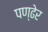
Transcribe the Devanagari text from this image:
पण्ढेर